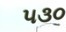
૫૩૦